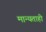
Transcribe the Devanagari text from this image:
मान्यताही